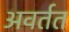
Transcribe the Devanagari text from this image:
अवर्तत